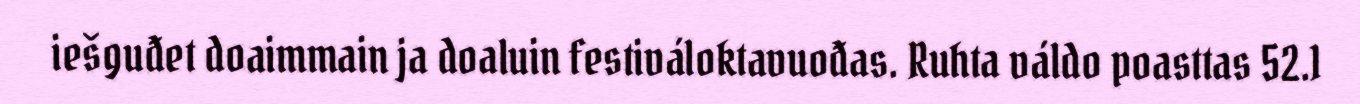
iešguđet doaimmain ja doaluin festiváloktavuođas. Ruhta váldo poasttas 52.1